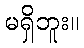
မရှိဘူး။